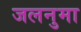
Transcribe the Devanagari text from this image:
जलनुमा